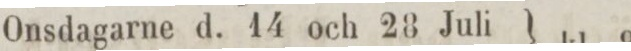
Onsdagarne d. 14 och 28 Juli